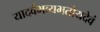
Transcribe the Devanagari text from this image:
यादवंभव्यभतोयदेवं